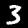
Digit: 3